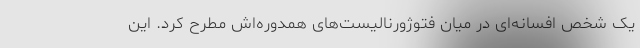
یک شخص افسانه‌ای در میان فتوژورنالیست‌های همدوره‌اش مطرح کرد. این